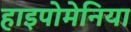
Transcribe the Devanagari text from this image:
हाइपोमेनिया